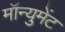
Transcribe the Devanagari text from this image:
मॉन्युमेंट